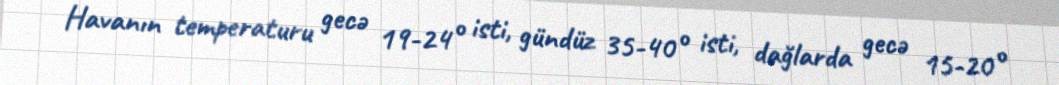
Havanın temperaturu gecə 19-24° isti, gündüz 35-40° isti, dağlarda gecə 15-20°